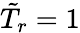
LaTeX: {\tilde{T}}_{r}=1